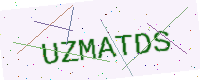
Text: UZMATDS